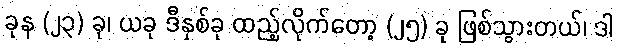
ခုန (၂၃) ခု၊ ယခု ဒီနှစ်ခု ထည့်လိုက်တော့ (၂၅) ခု ဖြစ်သွားတယ်၊ ဒါ